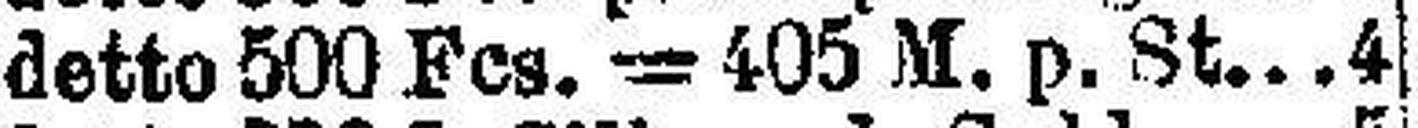
detto 500 Fes. =405 M. p. St 4